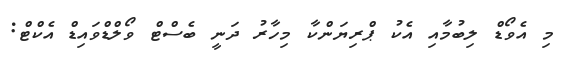
މި އެވޯޑް ލިބުމާއި އެކު ޕްރިޔަންކާ މިހާރު ދަނީ ބެސްޓް ވޯލްޑްވައިޑް އެކްޓް: